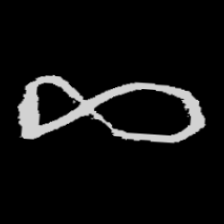
Pyu character \u2014 Myanmar letter: ဆ (romanized: cha)